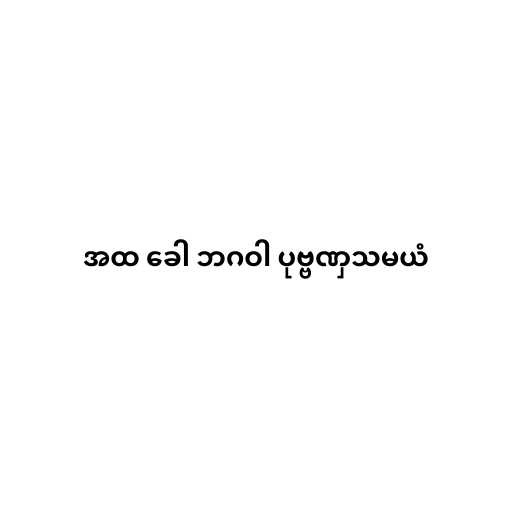
အထ ခေါ ဘဂဝါ ပုဗ္ဗဏှသမယံ